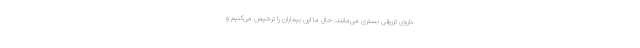
داروی تزریقی بستری می‌مانند. حال ما این بیماران را ترخیص می‌کنیم و